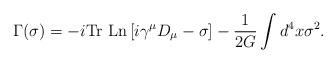
LaTeX: \begin{align*}\Gamma(\sigma) =- i\mbox {Tr Ln} \left[i\gamma^\mu D_\mu -\sigma\right] -\frac{1}{2G}\int d^4x\sigma^2.\end{align*}